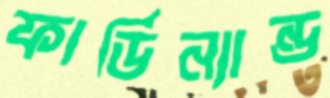
ফার্ডিন্যান্ড